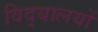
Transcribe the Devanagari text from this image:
विद्‌यालयों